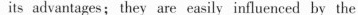
its advantages; they are easily influenced by the